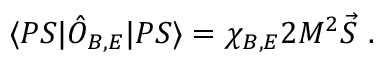
\langle P S | \hat { O } _ { B , E } | P S \rangle = \chi _ { B , E } 2 M ^ { 2 } \vec { S } \ .